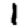
Digit: 1